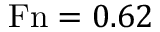
\mathrm { F n } = 0 . 6 2